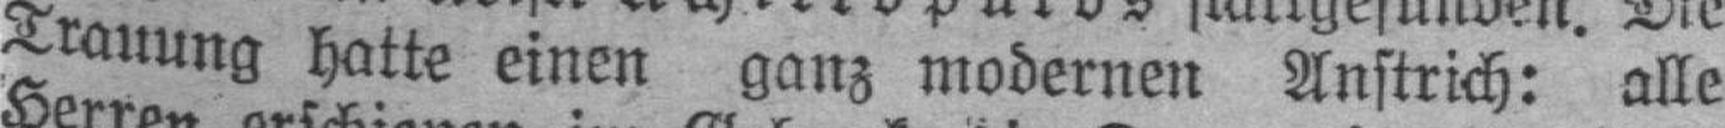
Trauung hatte einen ganz modernen Anstrich: alle